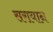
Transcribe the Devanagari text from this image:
सरायान